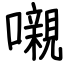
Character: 嚫